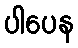
ပါပေန